Language: tamil
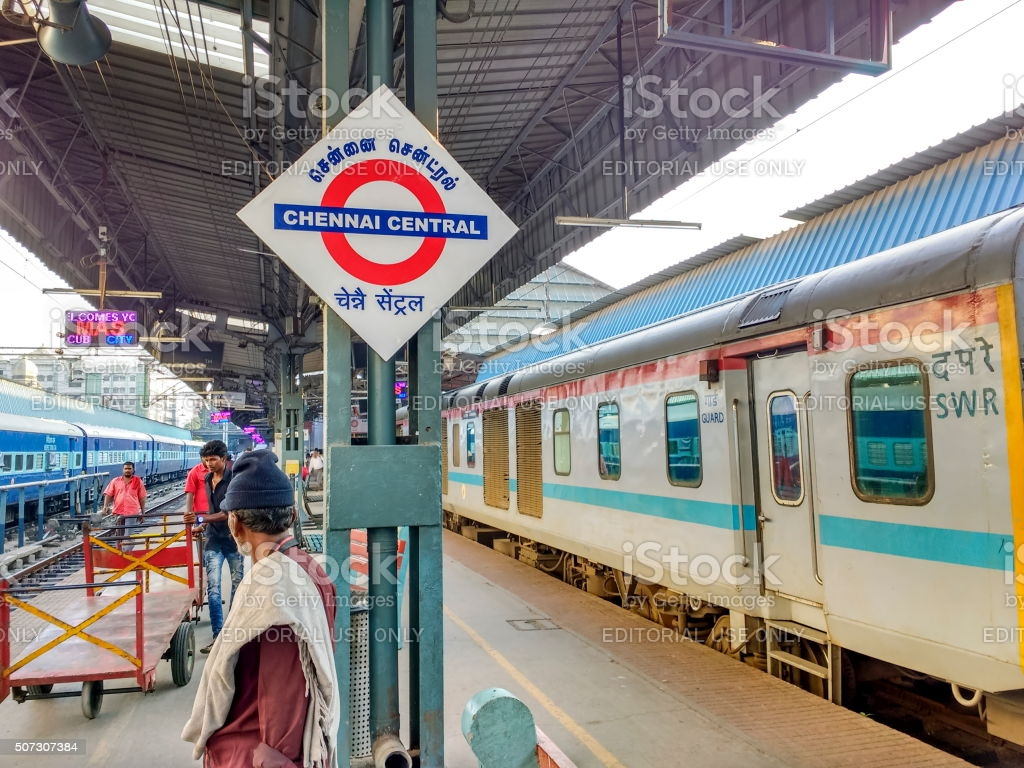
Transcription: னை சென்ட்ரல் சென்